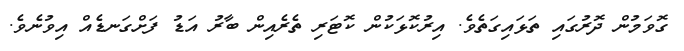
ގޮވަމުން ދޮރުގައި ތަޅައިގަތެވެ. އިރުކޮޅަކުން ކޮޓަރި ތެރެއިން ބާރު އަޑު ފަށްގަނޑެއް އިވުނެވެ.